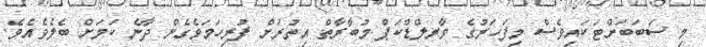
މި ސަބަބަށްޓަކައިވެސް މިފަހަރުގެ ވާރލްޑްކަޕް މުބާރާތް އިތުރަށް ފުރިހަމަވެގެން ދާނެ ކަމަށް ބެލެވެއެވެ.